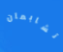
تشابمان